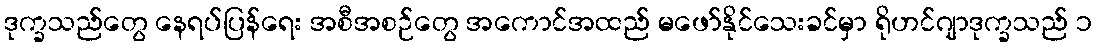
ဒုက္ခသည်တွေ နေရပ်ပြန်ရေး အစီအစဉ်တွေ အကောင်အထည် မဖော်နိုင်သေးခင်မှာ ရိုဟင်ဂျာဒုက္ခသည် ၁